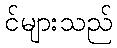
င်များသည်